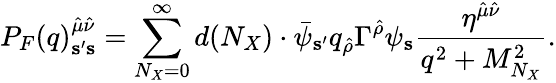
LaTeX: P_{F}(q)_{{\mathbf s}^{\prime}{\mathbf s}}^{{\hat{\mu}}{\hat{\nu}}}=\sum_{N_{X}=0}^{\infty}d(N_{X})\cdot{\bar{\psi}}_{{\mathbf s}^{\prime}}q_{\hat{\rho}}\Gamma^{\hat{\rho}}\psi_{\mathbf s}{\frac{\eta^{{\hat{\mu}}{\hat{\nu}}}}{q^{2}+M_{N_{X}}^{2}}}.